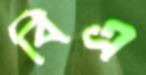
বিএ